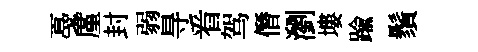
戞廑封弱㝵㸔驾僭瀏塿踰鬚